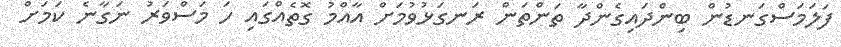
ފަލަމަސްގަނޑުން ބިންދައިގެންދާ ތަންތަން ރަނގަޅުވުމަށް އާއްމު ގޮތެއްގައި ހަ މަސްވަރު ނަގާނެ ކަމަށް